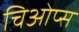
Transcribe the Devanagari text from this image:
चिओप्स